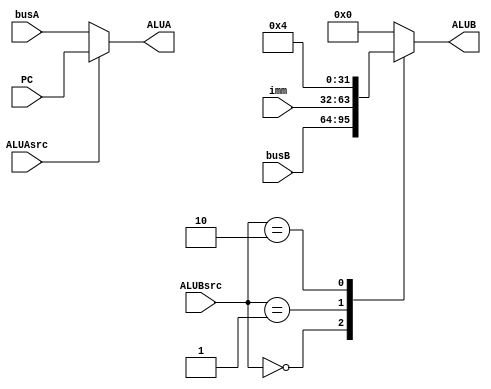
module alu_src(
	input [31:0] busA, busB, PC, imm,
	input ALUAsrc,
	input [1:0] ALUBsrc,
	output reg [31:0] ALUA, ALUB
);

always @ (*) begin
	ALUA = (ALUAsrc ? PC : busA);
end

always @ (*) begin
	case (ALUBsrc) 
		2'b00 : ALUB = busB;
		2'b01 : ALUB = imm;
		2'b10 : ALUB = 32'd4;
		default : ALUB = 32'd0;
	endcase
end

endmodule